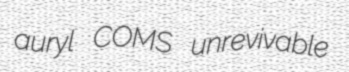
auryl COMS unrevivable